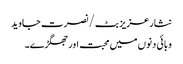
نثار عزیز بٹ /نصرت جاوید
وبائی دنوں میں محبت اور جھگڑے۔